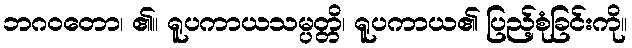
ဘဂဝတော၊ ၏။ ရူပကာယသမ္ပတ္တိ၊ ရူပကာယ၏ ပြည့်စုံခြင်းကို။